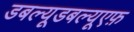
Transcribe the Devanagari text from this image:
डबल्यूडबल्यूएफ़